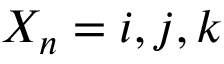
X _ { n } = i , j , k